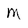
Character: M